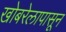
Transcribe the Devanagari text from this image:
खोबरेलापासून